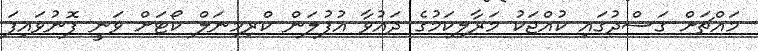
މައްޗަށް ގަސްދުގައި ކުއްޖަކު މަރާލިކަމުގެ ދައުވާ އުފުލަން ކްރިމިނަލް ކޯޓަށް ވަނީ ފޮނުވައިފަ